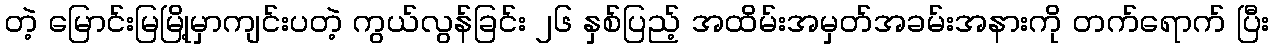
တဲ့ မြောင်းမြမြို့မှာကျင်းပတဲ့ ကွယ်လွန်ခြင်း ၂၆ နှစ်ပြည့် အထိမ်းအမှတ်အခမ်းအနားကို တက်ရောက် ပြီး